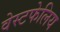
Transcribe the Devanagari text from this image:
वेस्टफेलिय